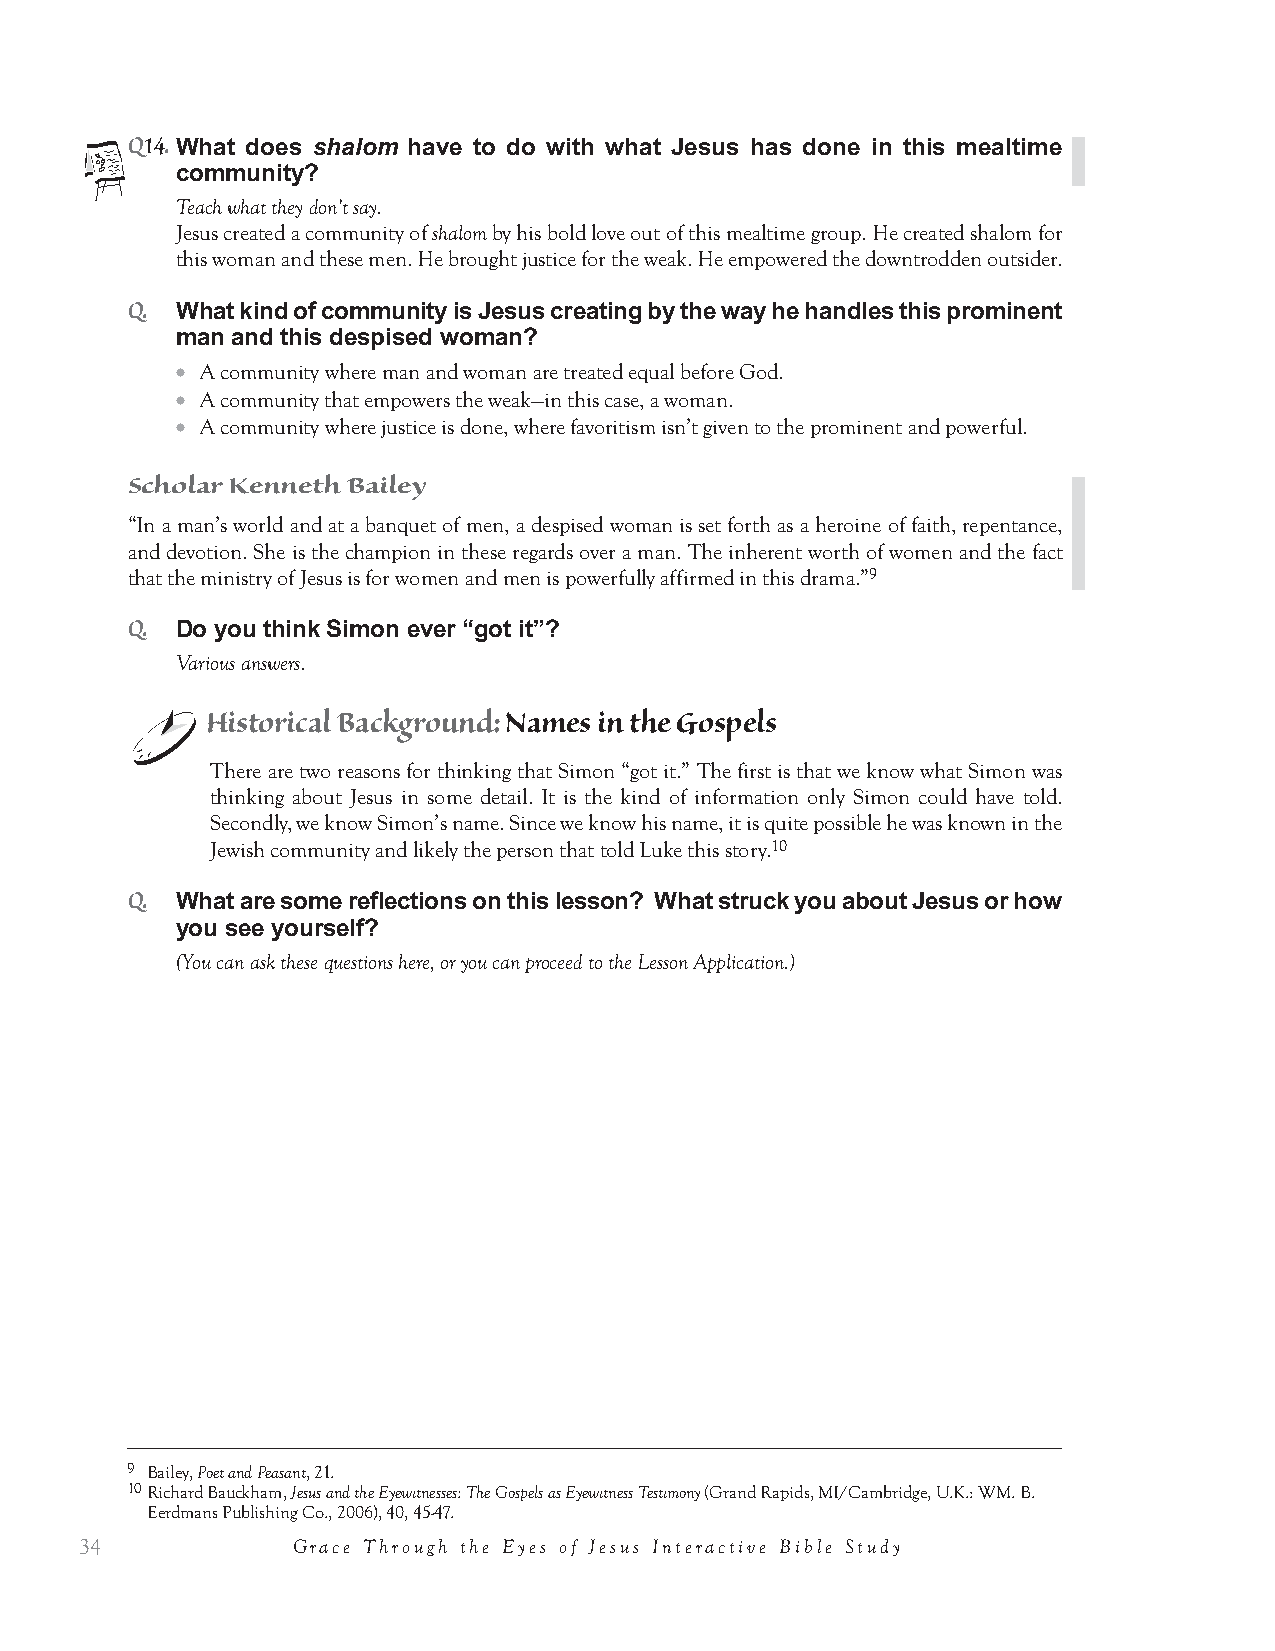
4. Substitution                                        10 mins
 Q10.
 What is the reaction of the other guests in this scene to Jesus’ forgiveness? Do
 they seem pleased that this woman has been liberated from her sin?
 They seem shocked.
 Q.
 What question do the guests ask?
 “Who is this who forgives sins?”
 Person  of Jesus Insight
 The question of the guests is the fundamental question of the story. Who is this man? It is also the fundamental
 question of each of our lives: “Who is this who forgives sins?” Where are you in relationship to him?
 Q.
 What happens to Jesus’ reputation (in the eyes of Simon and the guests)
 because he loves and forgives this woman?
 His reputation is weakened.
 Q.
 What has Jesus done for her reputation?
 He has honored her.
 Draw picture of exchange.
 Honor, Empower
 Protect
 Jesus                             Woman
 Shame
 Q.
 What kind of exchange does this remind you of?
 The gospel: Jesus’ substitutionary death for us.
 Draw cross in the middle.
 Gospel Connection: The Exchange of Love
 ● Sin always has a price. If someone hurts us, we might exact that price when we distance ourselves
 or tell someone else about it. We have many ways to make them pay. But if we forgive, then we pay
 the price ourselves. We absorb into ourselves the cost of their sin. Jesus absorbs into himself the
 cost of our sin.
 ● By loving this woman, Jesus takes on her disdain. That kind of exchange always happens when
 you love. It is the heart of Jesus’ saving work on the Cross.
 Lesson 3: Truth for a Grace-less Man           31